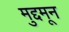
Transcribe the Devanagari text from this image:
मुद्दमून